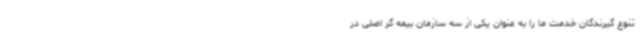
تنوع گیرندگان خدمت ما را به عنوان یکی از سه سازمان بیمه گر اصلی در